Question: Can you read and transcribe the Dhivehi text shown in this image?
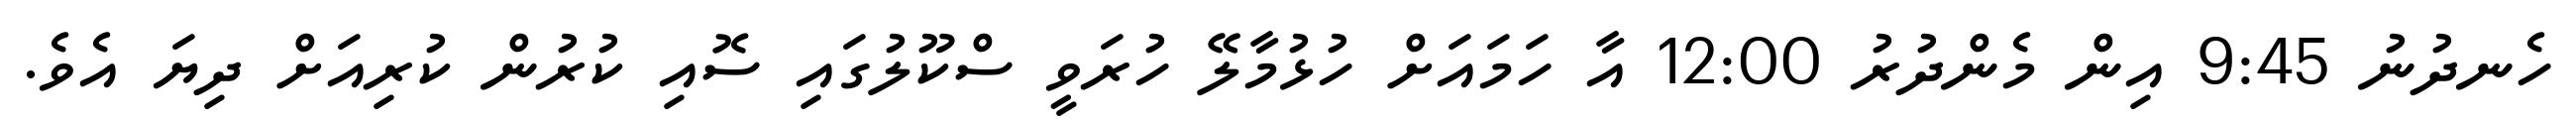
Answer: ހެނދުނު 9:45 އިން މެންދުރު 12:00 އާ ހަމައަށް ހުޅުމާލޭ ހުރަވީ ސްކޫލުގައި ސޮއި ކުރުން ކުރިއަށް ދިޔަ އެވެ.